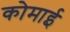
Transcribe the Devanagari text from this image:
कोमाई